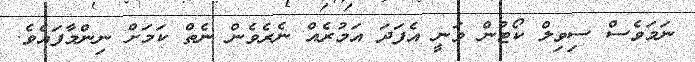
ނަމަވެސް ސިވިލް ކޯޓުން ވަނީ އެފަދަ އަމުރެއް ނެރެވެން ނެތް ކަމަށް ނިންމާފައެވެ.